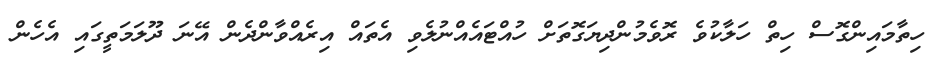
ހިތާމައިންގޮސް ހިތް ހަލާކުވެ ރޮވެމުންދިޔަގޮތަށް ހުއްޓައެއްނުލެވި އެތައް އިރެއްވާންދެން އޭނަ ދޫލަމަތީގައި އެހެން